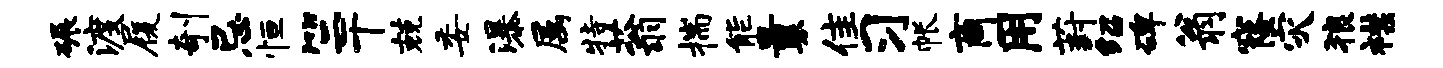
碾渡履剞忌恒竺干兢委瀑属特蓊揣能曩隹习帐商用葑绍碑翁窿灾狼襟